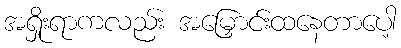
အရှိုးရာကလည်း အမြှောင်းထနေတာပေါ့